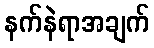
နက်နဲရာအချက်